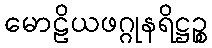
မောဠိယဖဂ္ဂုနရိဋ္ဌဉ္စ